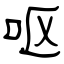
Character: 呕